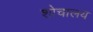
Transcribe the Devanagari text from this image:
शोचालय